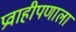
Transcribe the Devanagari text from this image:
प्रवाहीपणाला